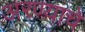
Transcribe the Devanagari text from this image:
अरण्याचे